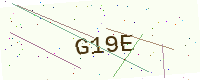
Text: G19E